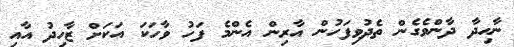
ނާހިދާ ދާންވެގެން ތެދުވިފަހުން އާރިން އެންމެ ފަހު ވާހަކަ އަކަށް ޒާހިދު އާއި